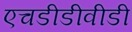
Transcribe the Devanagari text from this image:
एचडीडीवीडी